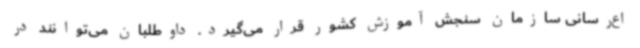
اع‌رسانی سازمان سنجش آموزش کشور قرار می‌گیرد. داوطلبان می‌توانند در